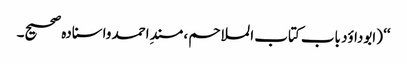
‘‘ (ابوداؤد باب کتاب الملاحم ، مسندِ احمد واسنادہ صحیح۔